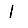
Digit: 1